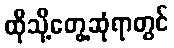
ထိုသို့တွေ့ဆုံရာတွင်